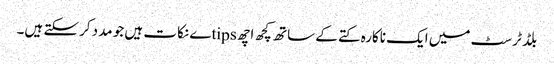
بلڈ ٹرسٹ میں ایک ناکارہ کتے کے ساتھ کچھ اچھ tipsے نکات ہیں جو مدد کرسکتے ہیں۔